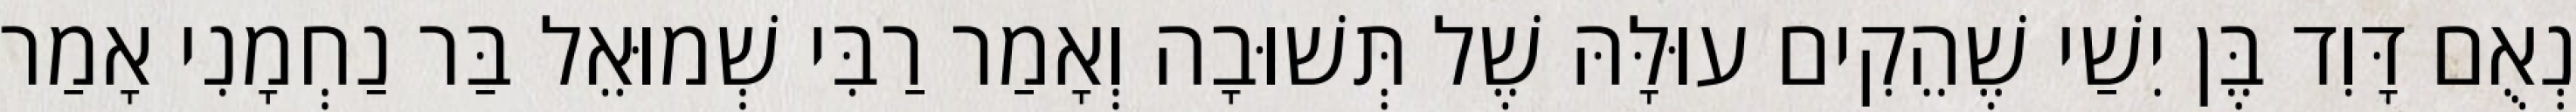
נְאֻם דָּוִד בֶּן יִשַׁי שֶׁהֵקִים עוּלָּהּ שֶׁל תְּשׁוּבָה וְאָמַר רַבִּי שְׁמוּאֵל בַּר נַחְמָנִי אָמַר